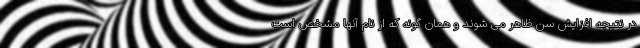
در نتیجه افزایش سن ظاهر می شوند و همان گونه که از نام آنها مشخص است